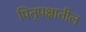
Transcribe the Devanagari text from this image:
पितृपक्षातील